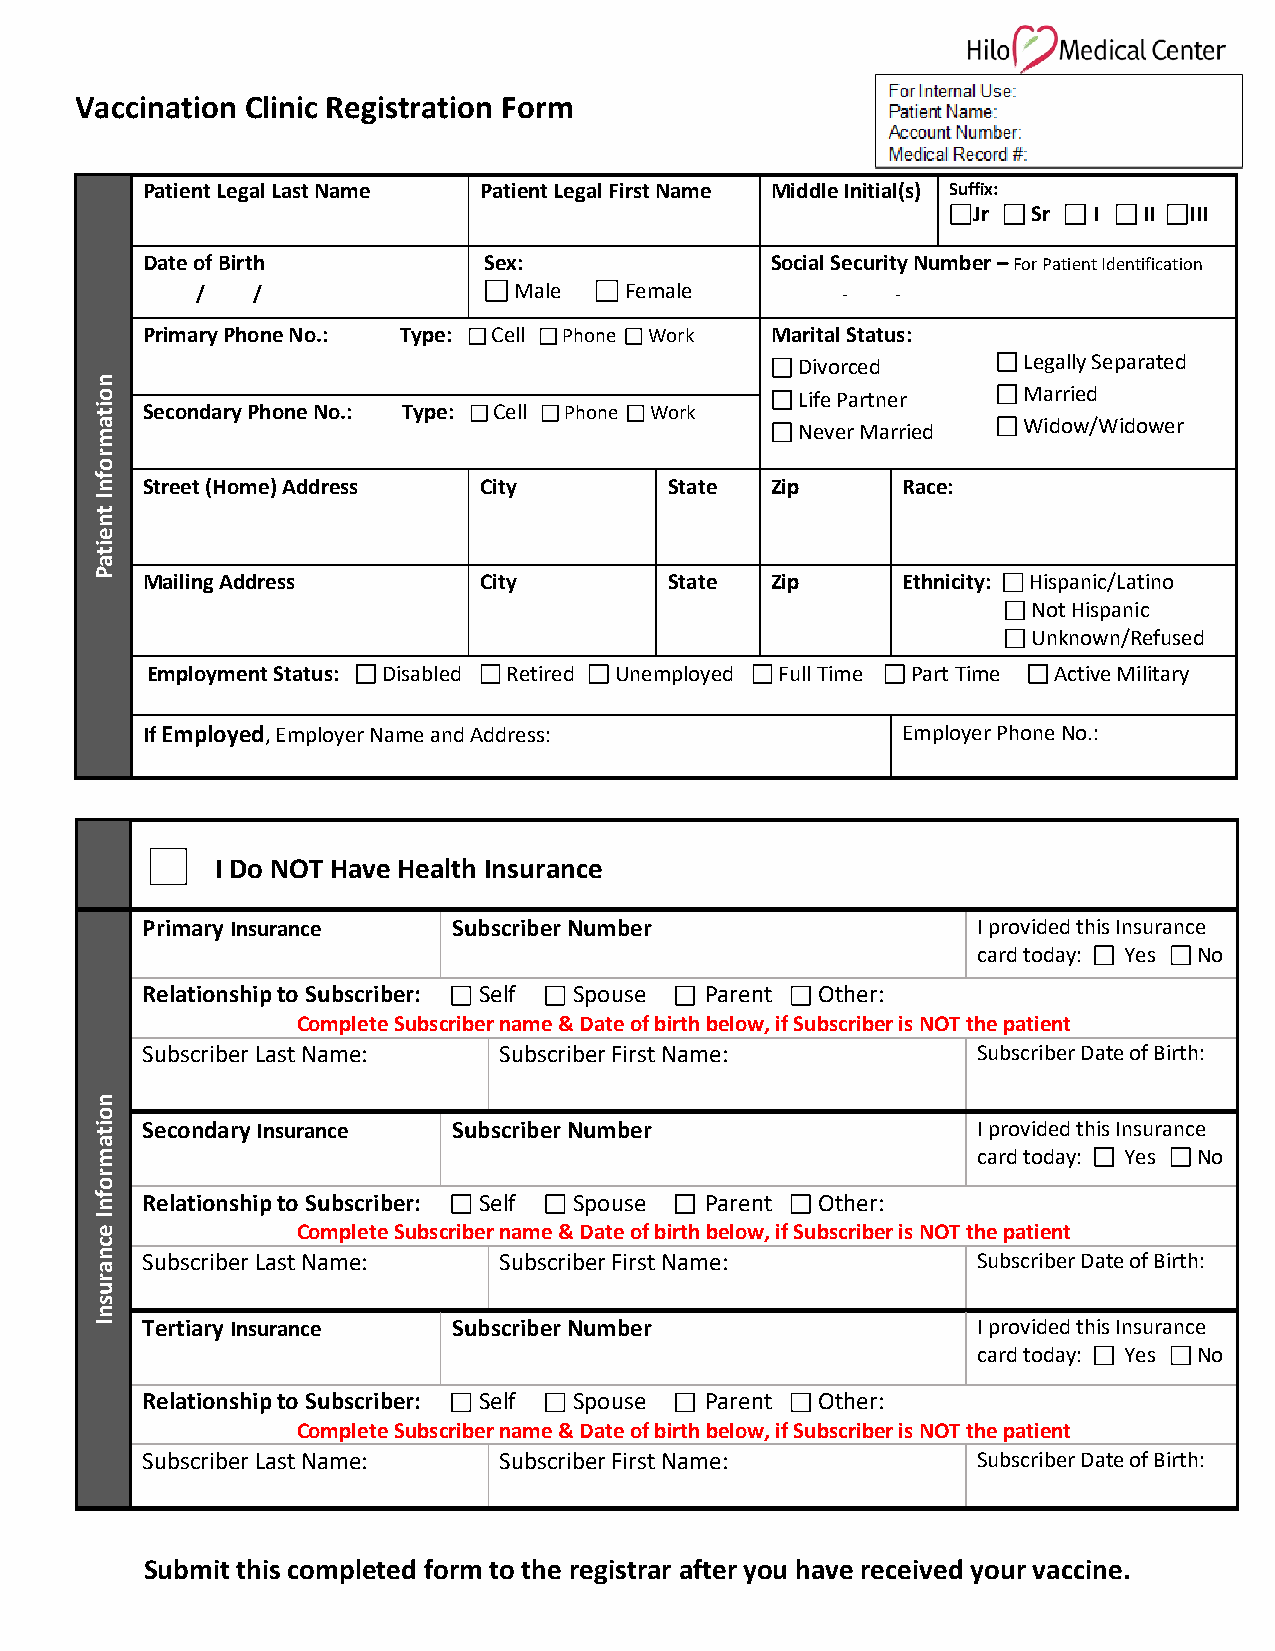
Vaccination Clinic Registration Form
 Patient Legal Last Name Patient Legal First Name Middle Initial(s) Suffix:
 Jr  Sr  I   II III
 Date of Birth          Sex:               Social Security Number – For Patient Identification
 /   /                Male   Female         -  -
 Primary Phone No.: Type: Cell Phone Work  Marital Status:
 Divorced       Legally Separated
 Life Partner   Married
 Secondary Phone No.: Type: Cell Phone Work
 Never Married  Widow/Widower
 Street (Home) Address  City        State  Zip      Race:
 Mailing Address        City        State  Zip      Ethnicity: Hispanic/Latino
 Not Hispanic
 Unknown/Refused
 Employment Status: Disabled Retired Unemployed Full Time Part Time Active Military
 If Employed, Employer Name and Address:            Employer Phone No.:
 I Do NOT Have Health Insurance
 Primary Insurance    Subscriber Number                  I provided this Insurance
 card today: Yes No
 Relationship to Subscriber: Self Spouse Parent Other:
 Complete Subscriber name & Date of birth below, if Subscriber is NOT the patient
 Subscriber Last Name:   Subscriber First Name:          Subscriber Date of Birth:
 Secondary Insurance  Subscriber Number                  I provided this Insurance
 card today: Yes No
 Relationship to Subscriber: Self Spouse Parent Other:
 Complete Subscriber name & Date of birth below, if Subscriber is NOT the patient
 Subscriber Last Name:   Subscriber First Name:          Subscriber Date of Birth:
 Tertiary Insurance   Subscriber Number                  I provided this Insurance
 card today: Yes No
 Relationship to Subscriber: Self Spouse Parent Other:
 Complete Subscriber name & Date of birth below, if Subscriber is NOT the patient
 Subscriber Last Name:   Subscriber First Name:          Subscriber Date of Birth:
 Submit this completed form to the registrar after you have received your vaccine.
 noitamrofnI
 tneitaP
 noitamrofnI
 ecnarusnI